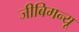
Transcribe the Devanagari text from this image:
जीबिगन्यू